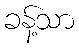
ခန့်သာ